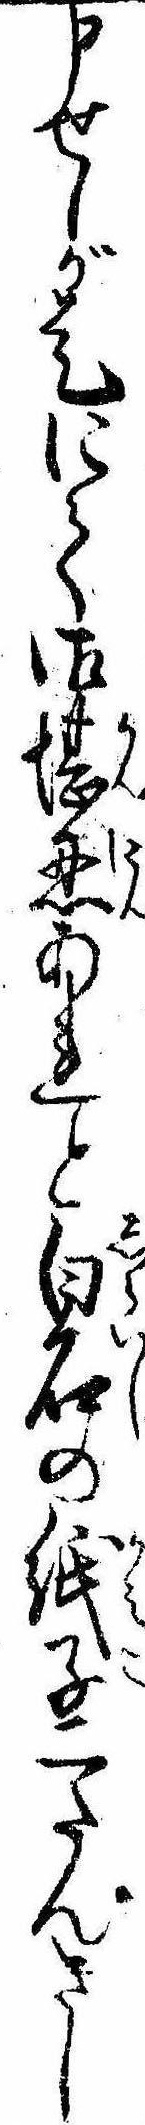
申せしが是にて御堪忍あれと白石の紙子二たんさし